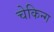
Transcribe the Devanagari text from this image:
चेकिन्ग